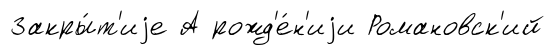
Закры́т'иjе А рожд'е́н'иjи Романовск'ий